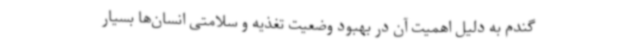
گندم به دلیل اهمیت آن در بهبود وضعیت تغذیه و سلامتی انسان‌ها بسیار